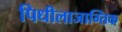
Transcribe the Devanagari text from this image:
पिधीलाजाग्तिक